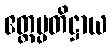
ဧတ္ထပ္ပတိဋ္ဌာယ